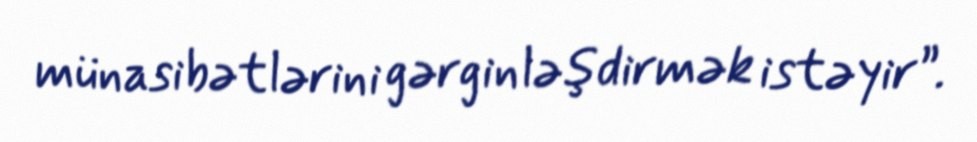
münasibətlərini gərginləşdirmək istəyir”.